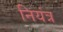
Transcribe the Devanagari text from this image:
नियंत्र